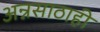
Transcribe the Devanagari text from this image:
अन्नसाठाही